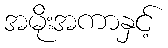
အမိုးအကာနှင့်